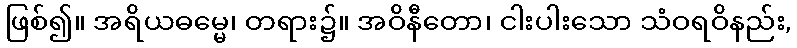
ဖြစ်၍။ အရိယဓမ္မေ၊ တရား၌။ အဝိနီတော၊ ငါးပါးသော သံဝရဝိနည်း,